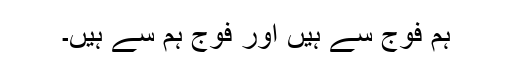
ہم فوج سے ہیں اور فوج ہم سے ہیں۔